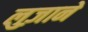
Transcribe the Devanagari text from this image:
लुज़ाने